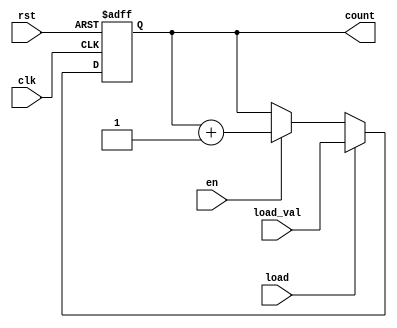
module synchronous_load_counter #(
    parameter N = 8  // Width of the counter (number of bits)
)(
    input wire clk,              // Clock signal
    input wire rst,              // Active high reset
    input wire load,             // Load control signal
    input wire [N-1:0] load_val, // Value to load into the counter
    input wire en,               // Enable counting
    output reg [N-1:0] count     // Current count value
);

// Always block triggered on the rising edge of the clock
always @(posedge clk or posedge rst) begin
    if (rst) begin
        count <= 0; // Reset the counter to zero
    end else if (load) begin
        count <= load_val; // Load the external value into the counter
    end else if (en) begin
        count <= count + 1; // Increment the counter
    end
end

endmodule